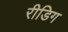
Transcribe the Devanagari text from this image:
रीडिग